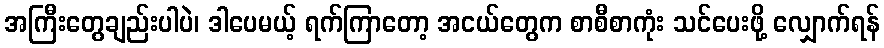
အကြီးတွေချည်းပါပဲ၊ ဒါပေမယ့် ရက်ကြာတော့ အငယ်တွေက စာစီစာကုံး သင်ပေးဖို့ လျှောက်ရန်